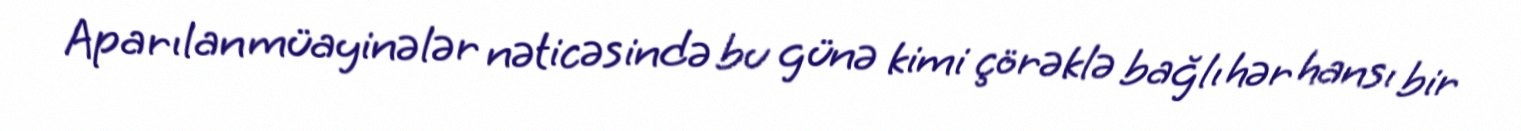
Aparılan müayinələr nəticəsində bu günə kimi çörəklə bağlı hər hansı bir